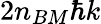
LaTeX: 2n_{BM}\hbar k